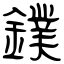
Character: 鏷